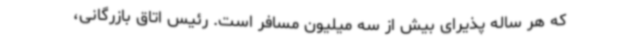
که هر ساله پذیرای بیش از سه میلیون مسافر است. رئیس اتاق بازرگانی،